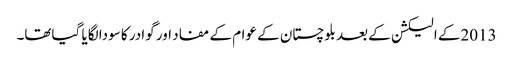
2013کے الیکشن کے بعد بلوچستان کے عوام کے مفاد اور گوادر کا سودا لگایا گیاتھا۔